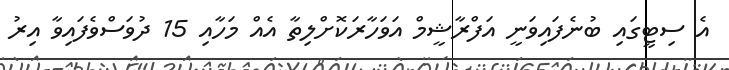
އެ ސިޓީގައި ބުނެފައިވަނީ އަފްރާޝީމް އަވަހާރަކޮށްލިތާ އެއް މަހާއި 15 ދުވަސްވެފައިވާ އިރު